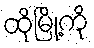
ထိုမြို့ကို